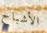
الأشباح